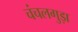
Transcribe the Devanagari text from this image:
चंचलगुड़ा